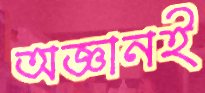
অজ্ঞানই